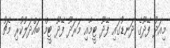
މިއަދު ފޭދޫގެ ދަނޑުގައި ފޭދޫ ޓީމާއި މަރަދޫ ފޭދޫ ޓީމް ބައްދަލުކުރި މެޗު